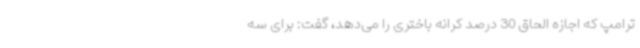
ترامپ که اجازه الحاق 30 درصد کرانه باختری را می‌دهد، گفت: برای سه